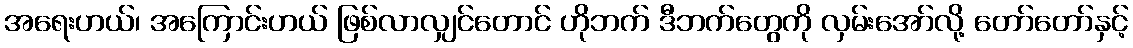
အရေးဟယ်၊ အကြောင်းဟယ် ဖြစ်လာလျှင်တောင် ဟိုဘက် ဒီဘက်တွေကို လှမ်းအော်လို့ တော်တော်နှင့်